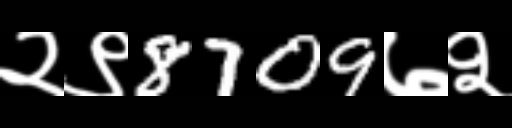
Text: २९8709७२